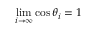
\operatorname* { l i m } _ { i \rightarrow \infty } \cos \theta _ { i } = 1